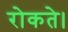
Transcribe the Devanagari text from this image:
रोकते।